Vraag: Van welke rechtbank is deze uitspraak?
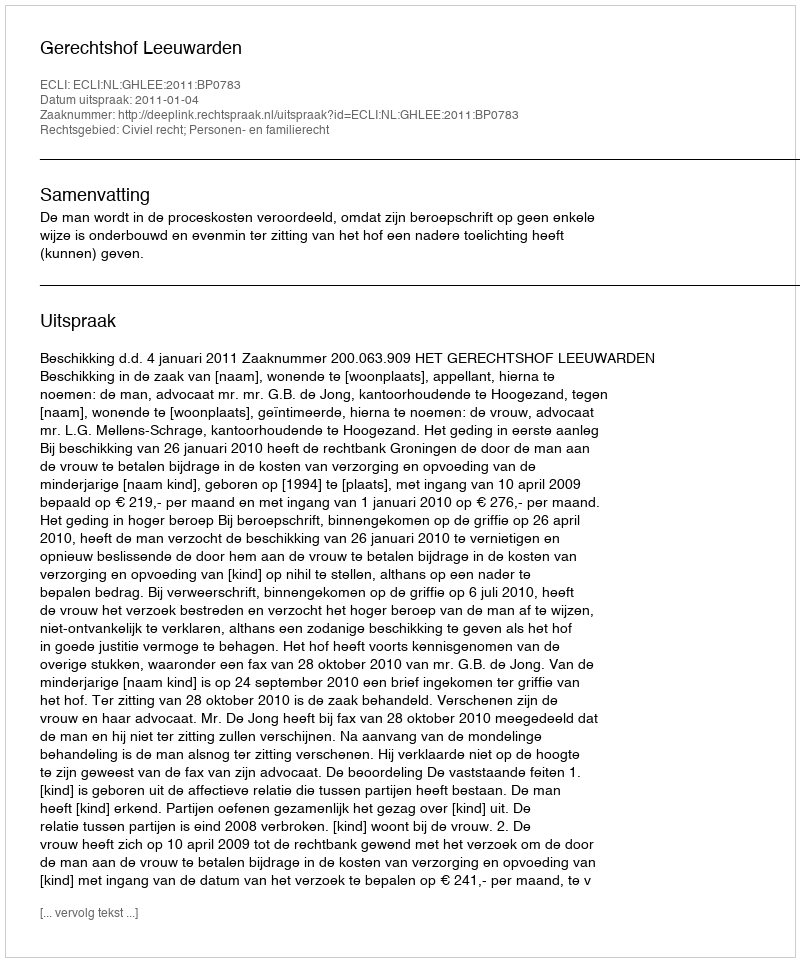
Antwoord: Gerechtshof Leeuwarden